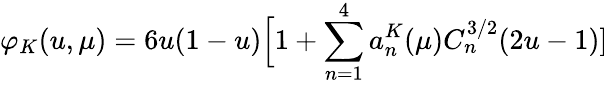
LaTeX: \varphi_{K}(u,\mu)=6u(1-u)\Big[1+\sum_{n=1}^{4}a_{n}^{K}(\mu)C_{n}^{3/2}(2u-1)]